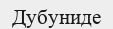
Дубуниде